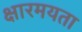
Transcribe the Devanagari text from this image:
क्षारमयता